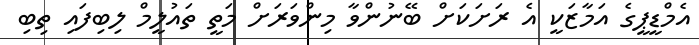
އެމްޑީޕީގެ އަމާޒަކީ އެ ރަށަކަށް ބޭނުންވާ މިންވަރަށް މަތީ ތައުލީމް ލިބިފައި ތިބި